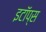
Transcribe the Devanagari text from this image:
इटॉप्स